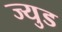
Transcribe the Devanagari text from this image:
ज्युड